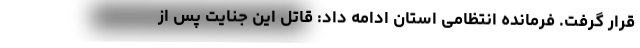
قرار گرفت. فرمانده انتظامی استان ادامه داد: قاتل این جنایت پس از